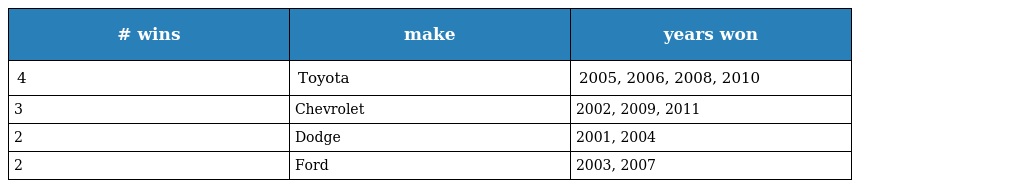
| # wins | make | years won |
 | --- | --- | --- |
 | 4 | Toyota | 2005, 2006, 2008, 2010 |
 | 3 | Chevrolet | 2002, 2009, 2011 |
 | 2 | Dodge | 2001, 2004 |
 | 2 | Ford | 2003, 2007 |